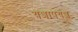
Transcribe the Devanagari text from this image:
यशापयश